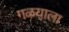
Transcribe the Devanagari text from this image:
गळयाला